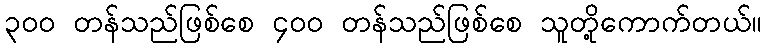
၃၀၀ တန်သည်ဖြစ်စေ ၄၀၀ တန်သည်ဖြစ်စေ သူတို့ကောက်တယ်။